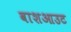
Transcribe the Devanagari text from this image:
वाशआउट